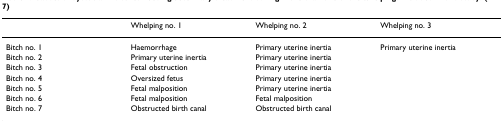
<table><thead><tr><td></td><td><b>Whelping no. 1</b></td><td><b>Whelping no. 2</b></td><td><b>Whelping no. 3</b></td></tr></thead><tbody><tr><td>Bitch no. 1</td><td>Haemorrhage</td><td>Primary uterine inertia</td><td>Primary uterine inertia</td></tr><tr><td>Bitch no. 2</td><td>Primary uterine inertia</td><td>Primary uterine inertia</td><td></td></tr><tr><td>Bitch no. 3</td><td>Fetal obstruction</td><td>Primary uterine inertia</td><td></td></tr><tr><td>Bitch no. 4</td><td>Oversized fetus</td><td>Primary uterine inertia</td><td></td></tr><tr><td>Bitch no. 5</td><td>Fetal malposition</td><td>Primary uterine inertia</td><td></td></tr><tr><td>Bitch no. 6</td><td>Fetal malposition</td><td>Fetal malposition</td><td></td></tr><tr><td>Bitch no. 7</td><td>Obstructed birth canal</td><td>Obstructed birth canal</td><td></td></tr></tbody></table>